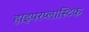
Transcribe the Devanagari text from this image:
हाइपरप्लास्टिक